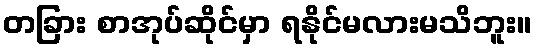
တခြား စာအုပ်ဆိုင်မှာ ရနိုင်မလားမသိဘူး။